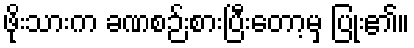
ဖိုးသားက ခဏစဉ်းစားပြီးတော့မှ ပြုံး၏။